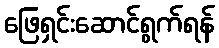
ဖြေရှင်းဆောင်ရွက်ရန်